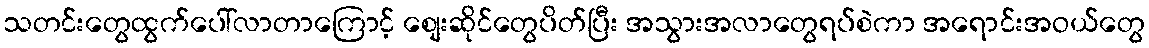
သတင်းတွေထွက်ပေါ်လာတာကြောင့် စျေးဆိုင်တွေပိတ်ပြီး အသွားအလာတွေရပ်စဲကာ အရောင်းအဝယ်တွေ